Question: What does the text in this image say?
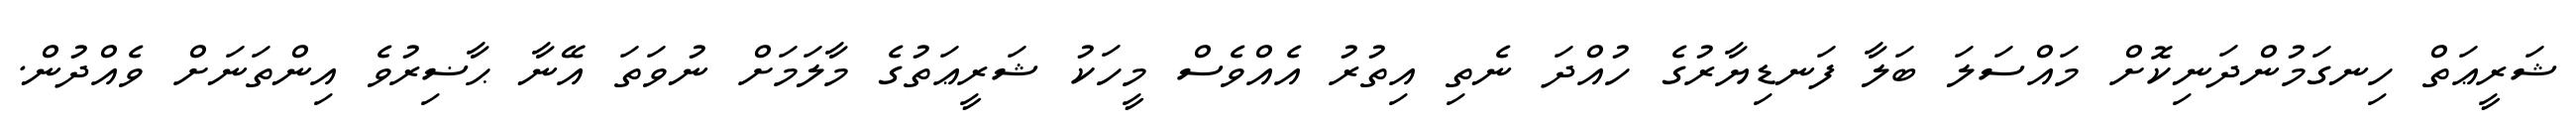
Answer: ޝަރީޢަތް ހިނގަމުންދަނިކޮށް މައްސަލަ ބަލާ ފަނޑިޔާރުގެ ހުއްދަ ނެތި އިތުރު އެއްވެސް މީހަކު ޝަރީޢަތުގެ މާލަމަށް ނުވަތަ އޭނާ ޙާޟިރުވެ އިންތަނަށް ވެއްދުން.